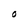
Character: O